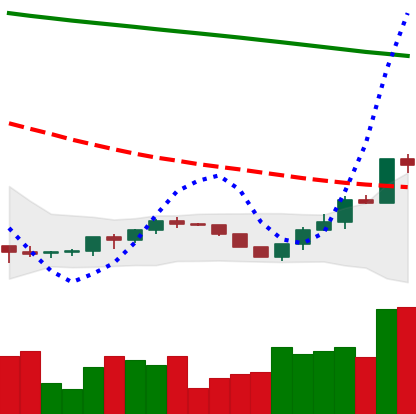
Ticker: ETH-USD
Chart end date: 2022-07-19
Forward return: 3.662%
Label: up_3_5